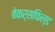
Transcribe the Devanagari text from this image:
बेकर्सफिल्ड